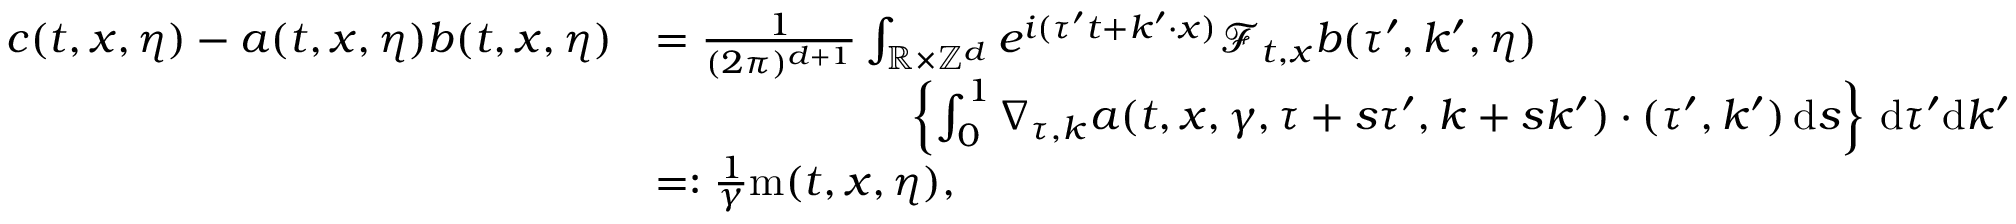
\begin{array} { r l } { c ( t , x , \eta ) - a ( t , x , \eta ) b ( t , x , \eta ) } & { = \frac { 1 } { ( 2 \pi ) ^ { d + 1 } } \int _ { \mathbb R \times \mathbb Z ^ { d } } e ^ { i ( \tau ^ { \prime } t + k ^ { \prime } \cdot x ) } \mathcal { F } _ { t , x } b ( \tau ^ { \prime } , k ^ { \prime } , \eta ) } \\ & { \qquad \qquad \qquad \left\lbrace \int _ { 0 } ^ { 1 } \nabla _ { \tau , k } a ( t , x , \gamma , \tau + s \tau ^ { \prime } , k + s k ^ { \prime } ) \cdot ( \tau ^ { \prime } , k ^ { \prime } ) \, \mathrm { d } s \right\rbrace \, \mathrm { d } \tau ^ { \prime } \mathrm { d } k ^ { \prime } } \\ & { = : \frac { 1 } { \gamma } \mathrm { m } ( t , x , \eta ) , } \end{array}